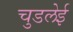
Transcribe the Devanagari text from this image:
चुडलेई